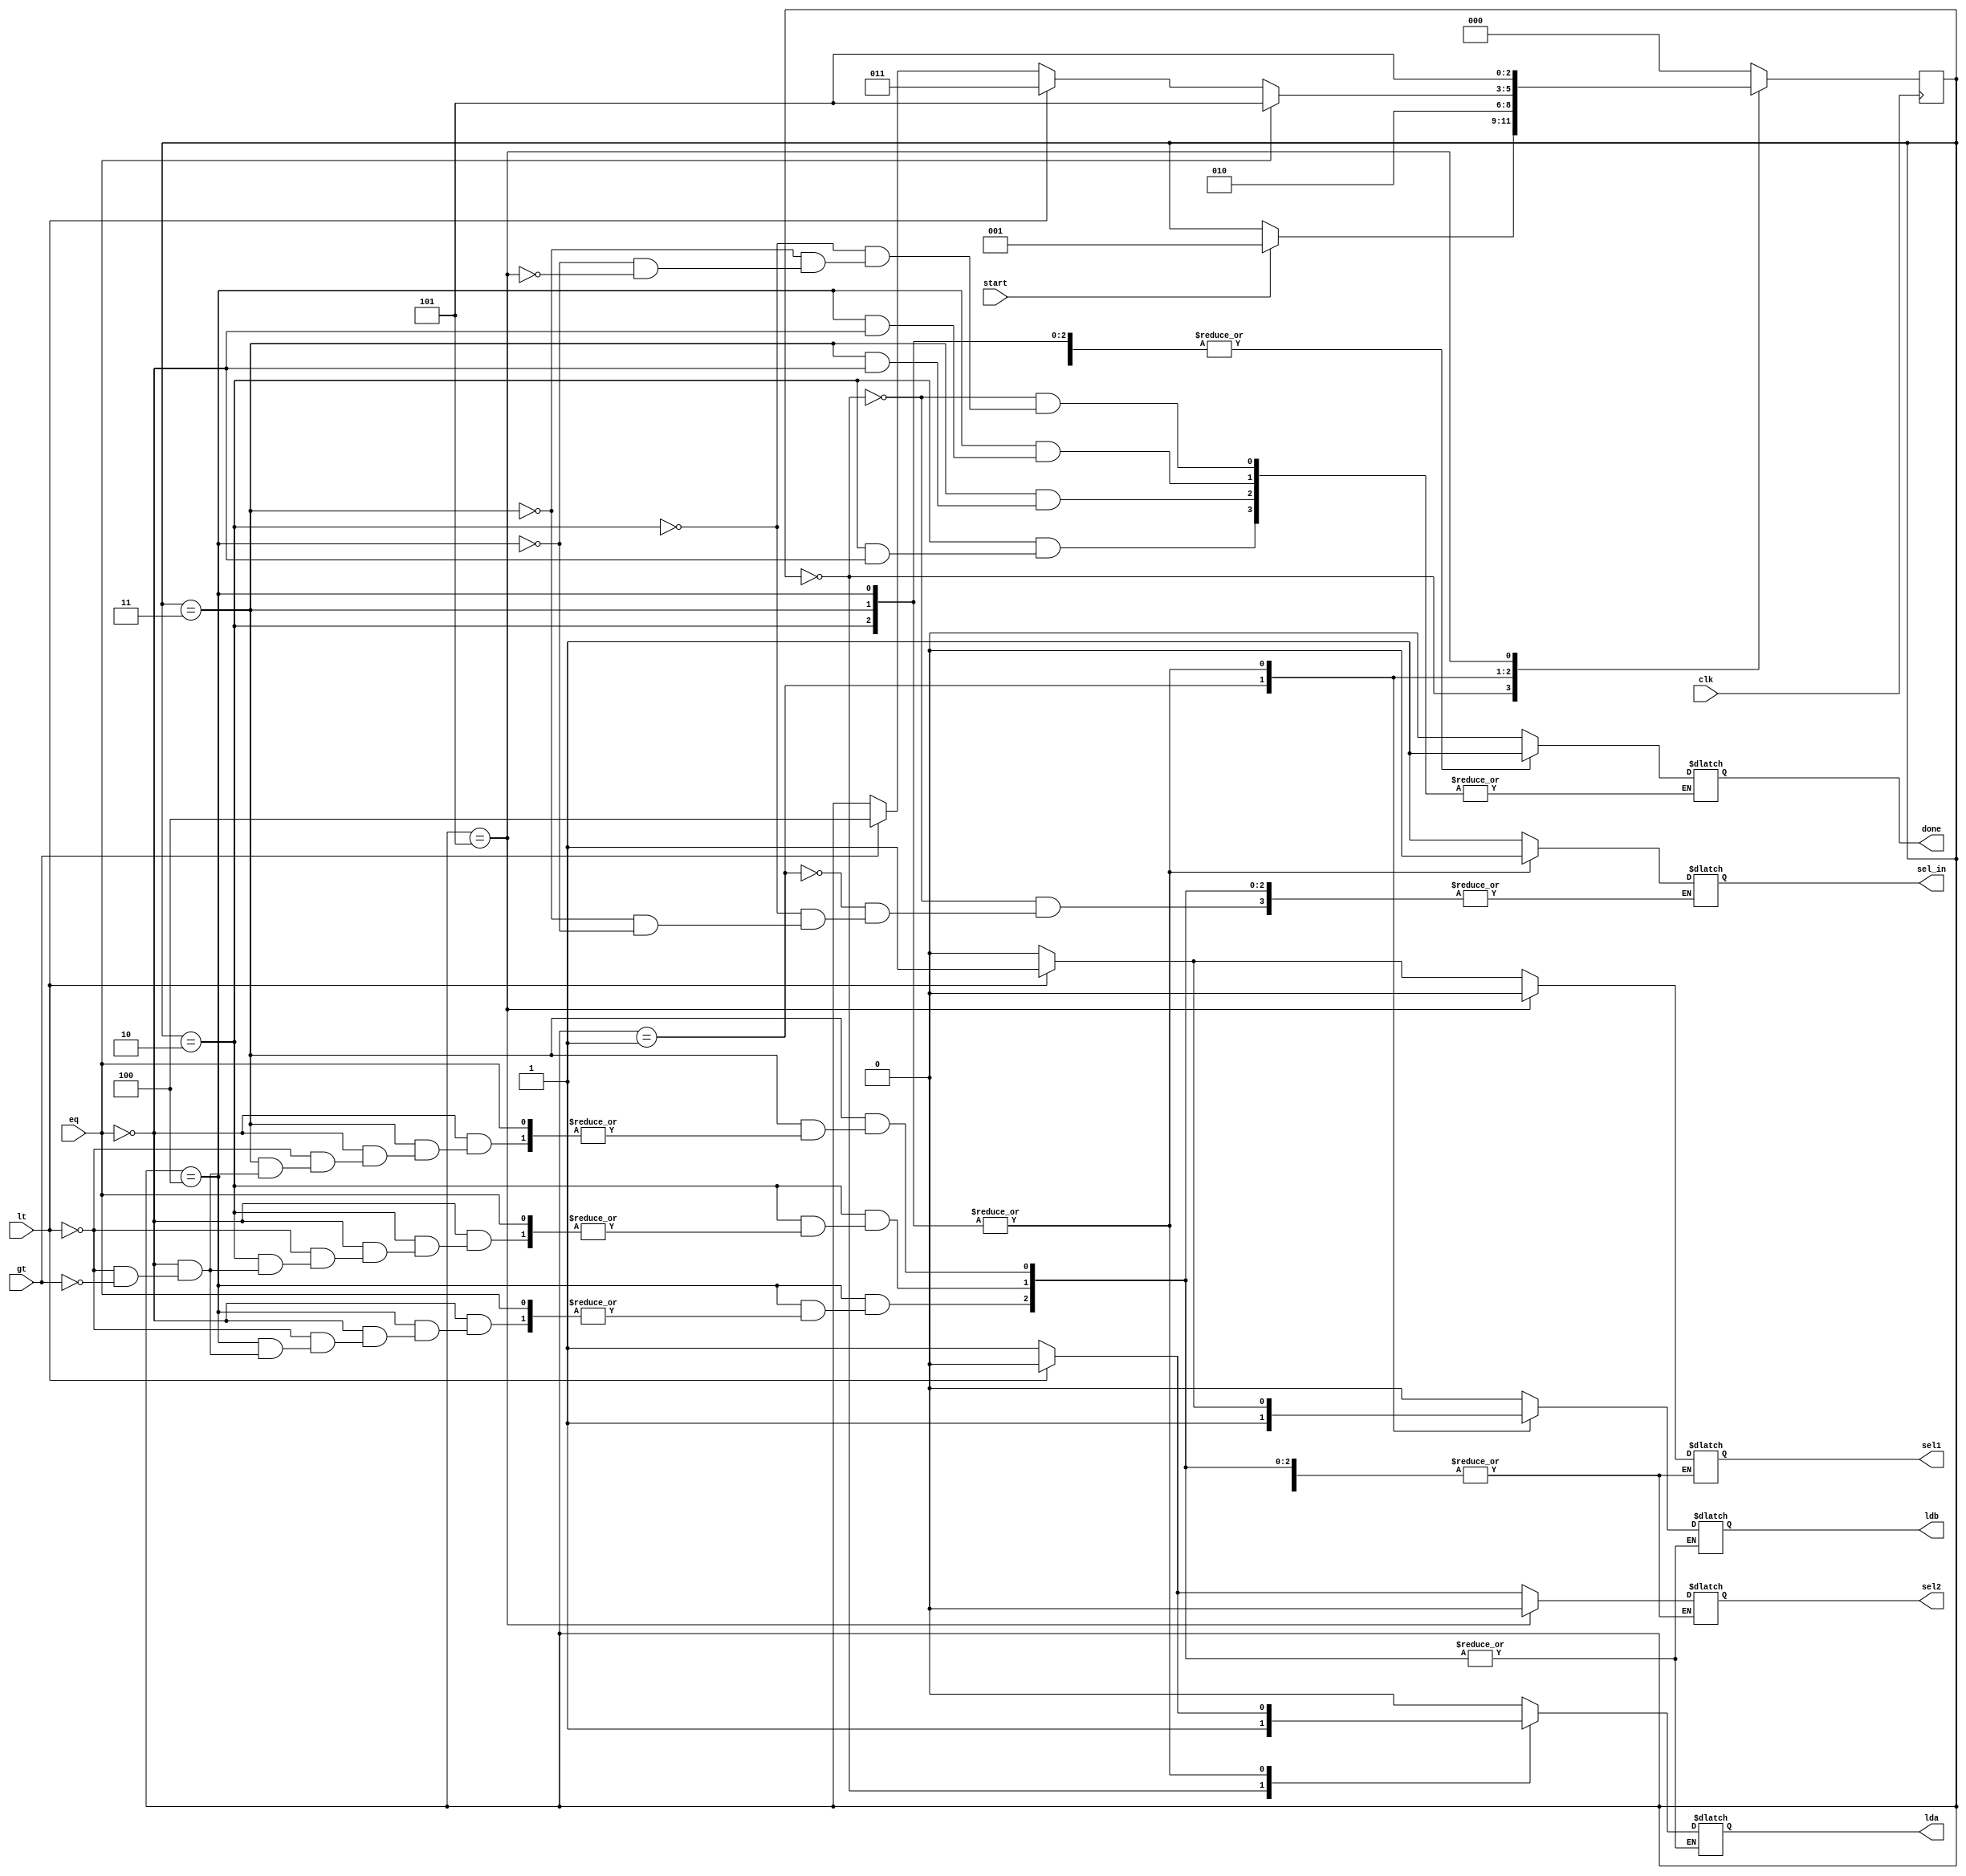
`timescale 1ns / 1ps
//////////////////////////////////////////////////////////////////////////////////
// Company: 
// Engineer: 
// 
// Design Name: 
// Module Name:    controller 
// Project Name: 
// Target Devices: 
// Tool versions: 
// Description: 
//
// Dependencies: 
//
// Revision: 
// Revision 0.01 - File Created
// Additional Comments: 
//
//////////////////////////////////////////////////////////////////////////////////
module controller(lda,ldb,sel1,sel2,sel_in,done,clk,lt,gt,eq,start);
input clk,lt,gt,eq,start;
output reg lda,ldb,sel1,sel2,sel_in,done;
reg [2:0] state;
parameter s0=3'b000,s1=3'b001,s2=3'b010,s3=3'b011,s4=3'b100,s5=3'b101;
always @ (posedge clk)
begin 
case(state)
s0:if(start) state<=s1;
s1:state<=s2;
s2:#2 if(eq)state<=s5;
else if(lt)state<=s3;
else if(gt) state <=s4;
s3:#2 if(eq)state<=s5;
else if(lt)state<=s3;
else if(gt) state <=s4;
s4:#2 if(eq)state<=s5;
else if(lt)state<=s3;
else if(gt) state <=s4;
s5:state<=s5;
default:state<=s0;
endcase
end
always @ (state)
begin
case(state)
s0:begin sel_in=1;lda=1;ldb=0;done=0;end
s1:begin sel_in=1;lda=0;ldb=1;end
s2:if (eq)done=1;
else if(lt) begin
sel1=1;sel2=0;sel_in=0;
#1 lda=0;ldb=1;
end
else if (gt) begin
sel1=0;sel2=1;sel_in=0;
#1 lda=1;ldb=0;
end
s3:if (eq)done=1;
else if(lt) begin
sel1=1;sel2=0;sel_in=0;
#1 lda=0;ldb=1;
end
else if (gt) begin
sel1=0;sel2=1;sel_in=0;
#1 lda=1;ldb=0;
end
s4:if (eq)done=1;
else if(lt) begin
sel1=1;sel2=0;sel_in=0;
#1 lda=0;ldb=1;
end
else if (gt) begin
sel1=0;sel2=1;sel_in=0;
#1 lda=1;ldb=0;
end
s5:begin
 done=1;sel1=0;sel2=0;lda=0;ldb=0;
end
default: begin lda=0;ldb=0;end
endcase 
end
endmodule